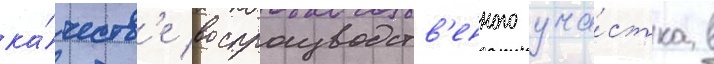
ка́честв'е воспроизводств'енного уча́стка в